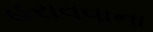
હરાવવાના